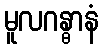
မူလဂန္ဓာနံ